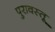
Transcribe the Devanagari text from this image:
पुरावस्तू